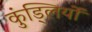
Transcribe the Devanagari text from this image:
कुंड्लियों